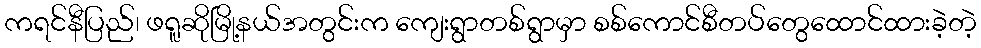
ကရင်နီပြည်၊ ဖရူဆိုမြို့နယ်အတွင်းက ကျေးရွာတစ်ရွာမှာ စစ်ကောင်စီတပ်တွေထောင်ထားခဲ့တဲ့